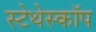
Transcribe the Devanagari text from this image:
स्‍टेथेस्‍कॉप